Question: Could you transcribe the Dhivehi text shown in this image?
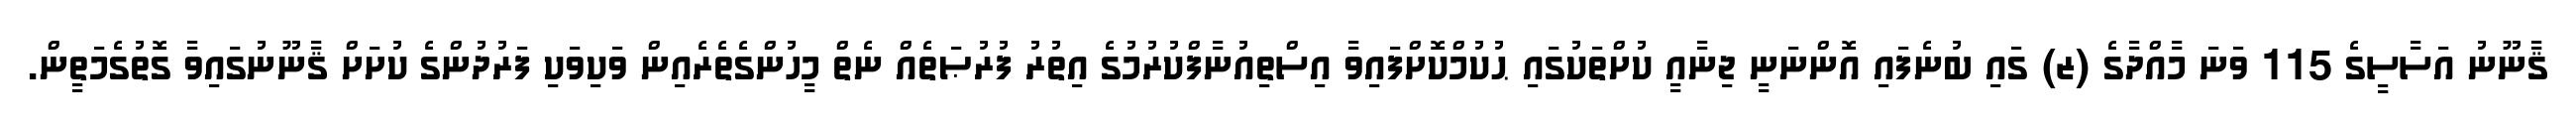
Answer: ޤާނޫނު އަސާސީގެ 115 ވަނަ މާއްދާގެ (ޒ) ގައި ބުނެފައި އޮންނަނީ ޖިނާއީ ކުށްތަކުގައި ޙުކުމްކޮށްފައިވާ އިސްތިއުނާފްކުރުމުގެ އިތުރު ފުރުޞަތެއް ނެތް މީހުންގެތެރެއިން ވަކިވަކި ފަރުދުންގެ ކުށަށް ޤާނޫނުގައިވާ ގޮތުގެމަތީން.